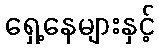
ရှေ့နေများနှင့်